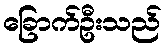
ခြောက်ဦးသည်